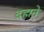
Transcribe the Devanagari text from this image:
दहाने